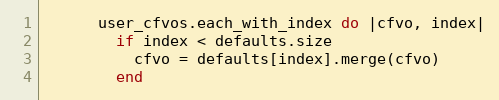
Language: Ruby
      user_cfvos.each_with_index do |cfvo, index|
        if index < defaults.size
          cfvo = defaults[index].merge(cfvo)
        end